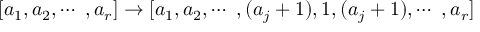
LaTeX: [ a _ { 1 } , a _ { 2 } , \cdots ~ , a _ { r } ] \rightarrow [ a _ { 1 } , a _ { 2 } , \cdots ~ , ( a _ { j } + 1 ) , 1 , ( a _ { j } + 1 ) , \cdots ~ , a _ { r } ]